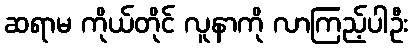
ဆရာမ ကိုယ်တိုင် လူနာကို လာကြည့်ပါဦး